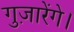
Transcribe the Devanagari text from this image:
गुज़ारेंगे।